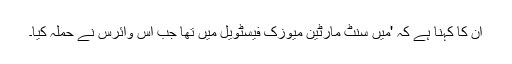
ان کا کہنا ہے کہ 'میں سنٹ مارٹین میوزک فیسٹویل میں تھا جب اس وائرس نے حملہ کیا۔